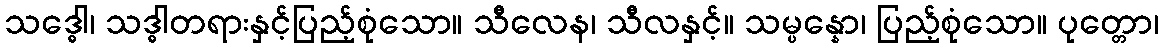
သဒ္ဓေါ၊ သဒ္ဓါတရားနှင့်ပြည့်စုံသော။ သီလေန၊ သီလနှင့်။ သမ္ပန္နော၊ ပြည့်စုံသော။ ပုတ္တော၊